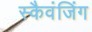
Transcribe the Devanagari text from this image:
स्कैवंजिंग